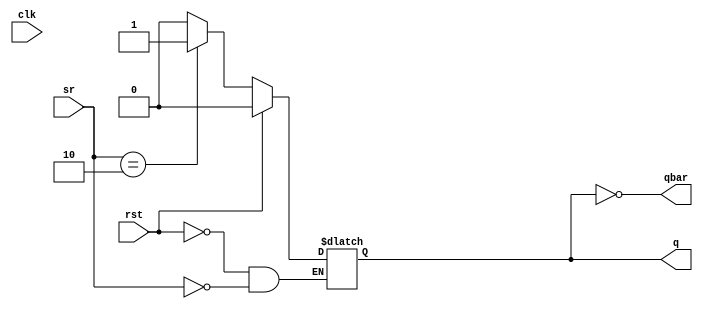
//Flip-flop program
module flipFlop (
    q, qbar, clk, rst, sr
);
    output reg q;
    output qbar;
    input clk, rst;
    input [1:0] sr;
    assign qbar = ~q;
    always @(posedge clk);
    initial begin
        if (rst) begin
            q <= 0;
        end
        else
            case (sr)
                //: 
                //default: 
                2'b00: q <= q;
                2'b01: q <= 0;
                2'b10: q <= 1;
                2'b11: q <= 1'bx;
            endcase
    end
endmodule